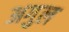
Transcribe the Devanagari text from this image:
अगुल